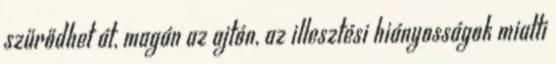
szűrődhet át, magán az ajtón, az illesztési hiányosságok miatti